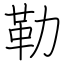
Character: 勒